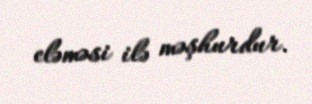
eləməsi ilə məşhurdur.